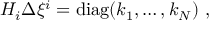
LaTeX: H _ { i } \Delta \xi ^ { i } = \mathrm { d i a g } ( k _ { 1 } , \ldots , k _ { N } ) ~ ,